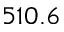
5 1 0 . 6